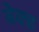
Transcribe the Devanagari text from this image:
बेक्‍ड